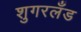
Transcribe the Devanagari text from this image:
शुगरलँड